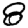
Digit: 8